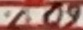
Text: 60%